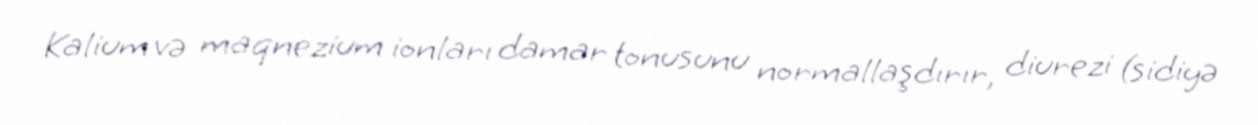
Kalium və maqnezium ionları damar tonusunu normallaşdırır, diurezi (sidiyə